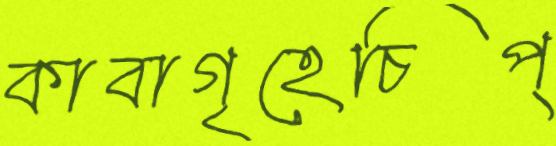
কাবাগৃহেচিপ্‌